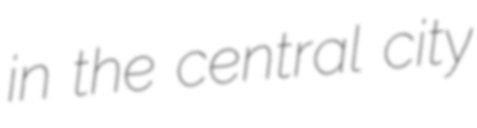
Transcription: in the central city